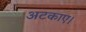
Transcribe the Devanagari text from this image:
अटकाए।